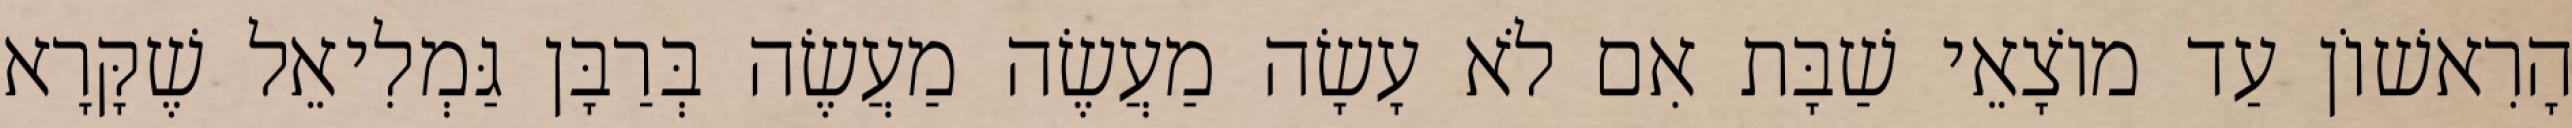
הָרִאשׁוֹן עַד מוֹצָאֵי שַׁבָּת אִם לֹא עָשָׂה מַעֲשֶׂה מַעֲשֶׂה בְּרַבָּן גַּמְלִיאֵל שֶׁקָּרָא